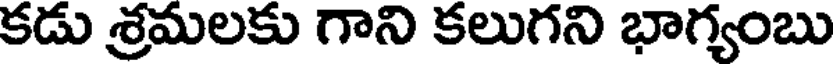
కడు శ్రమలకు గాని కలుగని భాగ్యంబు